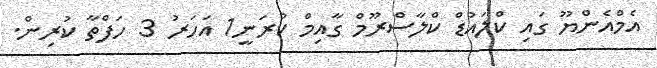
އެމްއެންޔޫ ގައި ކްލައުޑް ކްލާސްރޫމް ގާއިމް ކުރަނީ1 އަހަރު 3 ހަފްތާ ކުރިން.